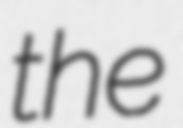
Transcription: the